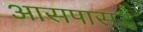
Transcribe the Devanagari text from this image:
आसपासद्ध